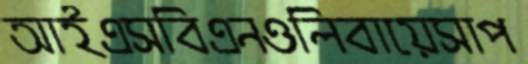
আইএসবিএনওলিবায়েসাপ